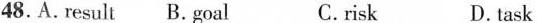
48.A.Result B.Goal C. risk D. task